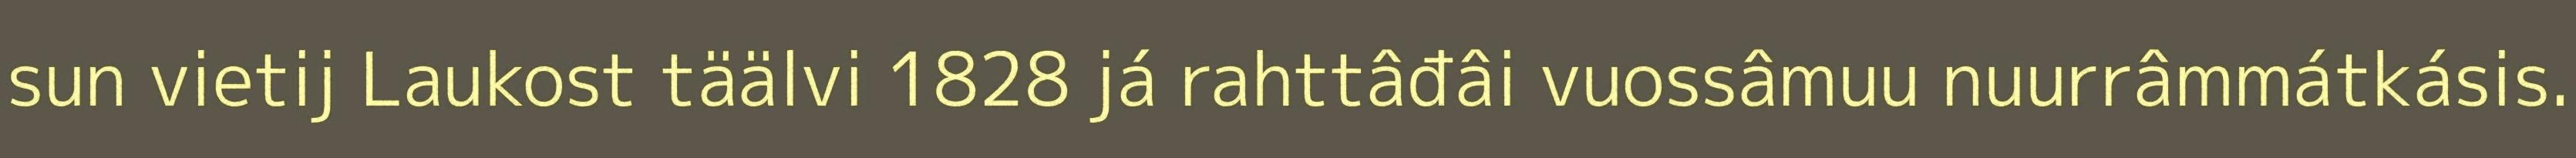
sun vietij Laukost täälvi 1828 já rahttâđâi vuossâmuu nuurrâmmátkásis.